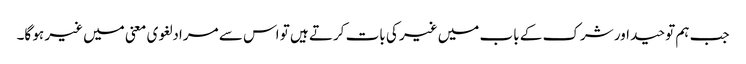
جب ہم توحید اور شرک کے باب میں غیر کی بات کرتے ہیں تو اس سے مراد لغوی معنی میں غیر ہو گا۔